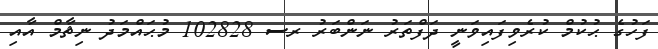
ފަހުގެ ޙުކުމް ކުރެވިފައިވަނީ ދަފްތަރު ނަންބަރު ރސ 102828 މުޙައްމަދު ނިޘާމް އާއި